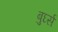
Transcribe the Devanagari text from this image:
बुर्घ्स